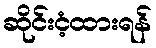
ဆိုင်းငံ့ထားရန်